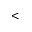
<